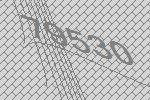
79530